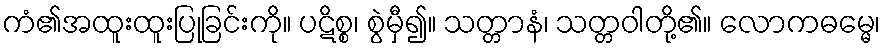
ကံ၏အထူးထူးပြုခြင်းကို။ ပဋိစ္စ၊ စွဲမှီ၍။ သတ္တာနံ၊ သတ္တဝါတို့၏။ လောကဓမ္မေ၊